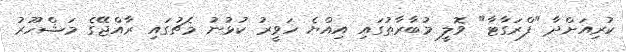
ކުރިއަށްދާ "ފްރަގާޓާ" ވޮލީ މުބާރާތުގައި އިއްޔެ ހަވީރު ކުޅުނު މެޗުގައި ރާއްޖޭގެ މަޝްހޫރު